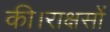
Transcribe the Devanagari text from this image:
की।राक्षसों